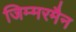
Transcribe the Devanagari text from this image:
जिम्मरमैन